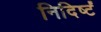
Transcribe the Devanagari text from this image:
निदिर्ष्टं